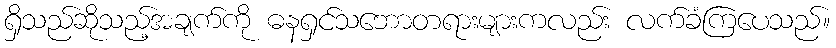
ရှိသည်ဆိုသည့်အချက်ကို ဓနရှင်သဘောတရားများကလည်း လက်ခံကြပေသည်။